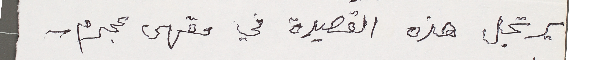
يرتجل هذه القصيدة في مقهى عجرم_